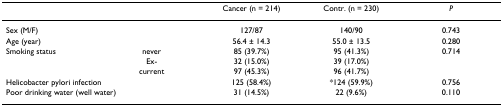
<table><thead><tr><td></td><td></td><td><b>Cancer (n = 214)</b></td><td><b>Contr. (n = 230)</b></td><td><b><i>P</i></b></td></tr></thead><tbody><tr><td colspan="2">Sex (M/F)</td><td>127/87</td><td>140/90</td><td>0.743</td></tr><tr><td colspan="2">Age (year)</td><td>56.4 ± 14.3</td><td>55.0 ± 13.5</td><td>0.280</td></tr><tr><td>Smoking status</td><td>never</td><td>85 (39.7%)</td><td>95 (41.3%)</td><td>0.714</td></tr><tr><td></td><td>Ex-</td><td>32 (15.0%)</td><td>39 (17.0%)</td><td></td></tr><tr><td></td><td>current</td><td>97 (45.3%)</td><td>96 (41.7%)</td><td></td></tr><tr><td colspan="2">Helicobacter pylori infection</td><td>125 (58.4%)</td><td>*124 (59.9%)</td><td>0.756</td></tr><tr><td colspan="2">Poor drinking water (well water)</td><td>31 (14.5%)</td><td>22 (9.6%)</td><td>0.110</td></tr></tbody></table>